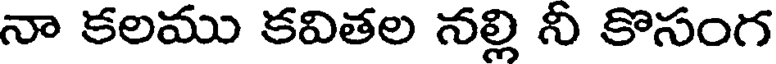
నా కలము కవితల నల్లి నీ కొసంగ